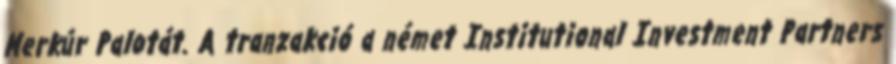
Merkúr Palotát. A tranzakció a német Institutional Investment Partners